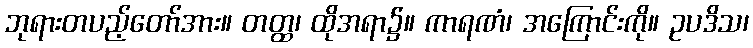
ဘုရားတပည့်တော်အား။ တတ္ထ၊ ထိုအရာ၌။ ကာရဏံ၊ အကြောင်းကို။ ဥပဒိသ၊